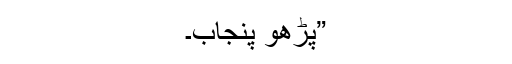
”پڑھو پنجاب۔